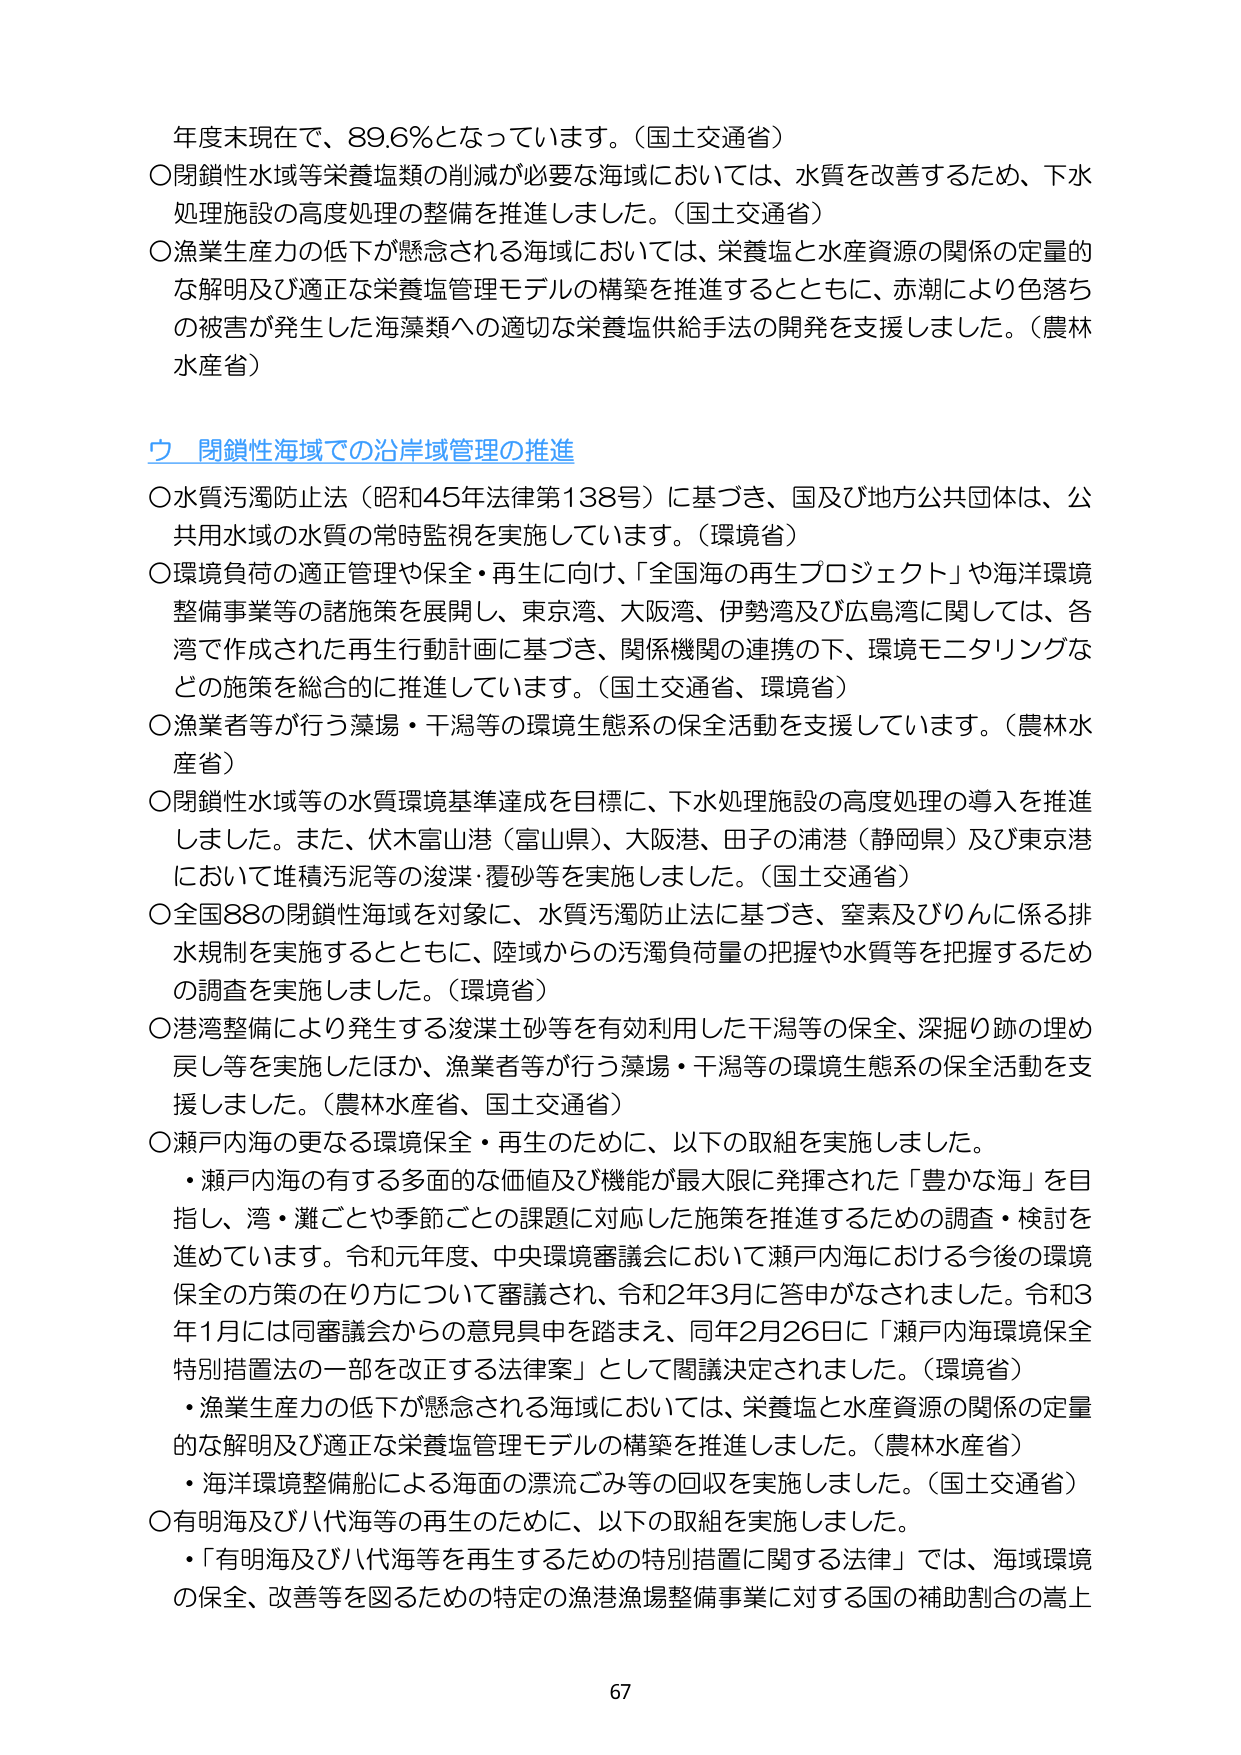
年度末現在で、89.6％となっています。（国土交通省）
○閉鎖性水域等栄養塩類の削減が必要な海域においては、水質を改善するため、下水処理施設の高度処理の整備を推進しました。（国土交通省）
○漁業生産力の低下が懸念される海域においては、栄養塩と水産資源の関係の定量的な解明及び適正な栄養塩管理モデルの構築を推進するとともに、赤潮により色落ちの被害が発生した海藻類への適切な栄養塩供給手法の開発を支援しました。（農林水産省）

**ウ 閉鎖性海域での沿岸域管理の推進**
○水質汚濁防止法（昭和45年法律第138号）に基づき、国及び地方公共団体は、公共用水域の水質の常時監視を実施しています。（環境省）
○環境負荷の適正管理や保全・再生に向け、「全国海の再生プロジェクト」や海洋環境整備事業等の諸施策を展開し、東京湾、大阪湾、伊勢湾及び広島湾に関しては、各湾で作成された再生行動計画に基づき、関係機関の連携の下、環境モニタリングなどの施策を総合的に推進しています。（国土交通省、環境省）
○漁業者等が行う藻場・干潟等の環境生態系の保全活動を支援しています。（農林水産省）
○閉鎖性水域等の水質環境基準達成を目標に、下水処理施設の高度処理の導入を推進しました。また、伏木富山港（富山県）、大阪港、田子の浦港（静岡県）及び東京港において堆積汚泥等の浚渫・覆砂等を実施しました。（国土交通省）
○全国88の閉鎖性海域を対象に、水質汚濁防止法に基づき、窒素及びりんに係る排水規制を実施するとともに、陸域からの汚濁負荷量の把握や水質等を把握するための調査を実施しました。（環境省）
○港湾整備により発生する浚渫土砂等を有効利用した干潟等の保全、深掘り跡の埋め戻し等を実施したほか、漁業者等が行う藻場・干潟等の環境生態系の保全活動を支援しました。（農林水産省、国土交通省）
○瀬戸内海の更なる環境保全・再生のために、以下の取組を実施しました。
　・瀬戸内海の有する多面的な価値及び機能が最大限に発揮された「豊かな海」を目指し、湾・灘ごとや季節ごとの課題に対応した施策を推進するための調査・検討を進めています。令和元年度、中央環境審議会において瀬戸内海における今後の環境保全の方策の在り方について審議され、令和2年3月に答申がなされました。令和3年1月には同審議会からの意見具申を踏まえ、同年2月26日に「瀬戸内海環境保全特別措置法の一部を改正する法律案」として閣議決定されました。（環境省）
　・漁業生産力の低下が懸念される海域においては、栄養塩と水産資源の関係の定量的な解明及び適正な栄養塩管理モデルの構築を推進しました。（農林水産省）
　・海洋環境整備船による海面の漂流ごみ等の回収を実施しました。（国土交通省）
○有明海及び八代海等の再生のために、以下の取組を実施しました。
　・「有明海及び八代海等を再生するための特別措置に関する法律」では、海域環境の保全、改善等を図るための特定の漁港漁場整備事業に対する国の補助割合の嵩上

67